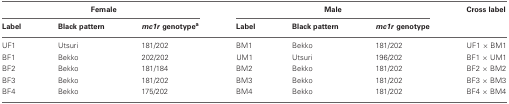
<table><thead><tr><td colspan="3"><b>Female</b></td><td colspan="3"><b>Male</b></td><td><b>Cross label</b></td></tr><tr><td><b>Label</b></td><td><b>Black pattern</b></td><td><b><i>mc1r</i> genotype<sup>a</sup></b></td><td><b>Label</b></td><td><b>Black pattern</b></td><td><b><i>mc1r</i> genotype</b></td><td></td></tr></thead><tbody><tr><td>UF1</td><td>Utsuri</td><td>181/202</td><td>BM1</td><td>Bekko</td><td>181/202</td><td>UF1 × BM1</td></tr><tr><td>BF1</td><td>Bekko</td><td>202/202</td><td>UM1</td><td>Utsuri</td><td>196/202</td><td>BF1 × UM1</td></tr><tr><td>BF2</td><td>Bekko</td><td>181/184</td><td>BM2</td><td>Bekko</td><td>181/202</td><td>BF2 × BM2</td></tr><tr><td>BF3</td><td>Bekko</td><td>181/202</td><td>BM3</td><td>Bekko</td><td>181/202</td><td>BF3 × BM3</td></tr><tr><td>BF4</td><td>Bekko</td><td>175/202</td><td>BM4</td><td>Bekko</td><td>181/202</td><td>BF4 × BM4</td></tr></tbody></table>